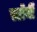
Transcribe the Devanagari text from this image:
एटाॅर्नी